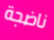
ناضجة